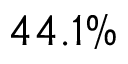
4 4 . 1 \%